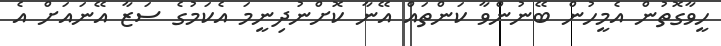
ހީވާގޮތުން އެމީހުން ބޭނުންވާ ކަންތައް އޭނާ ކޮށްނުދިނީމަ އެކަމުގެ ސަޒާ އޭނައަށް އެ